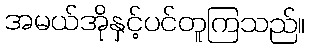
အမယ်အိုနှင့်ပင်တူကြသည်။